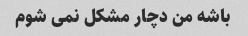
باشه من دچار مشکل نمی شوم